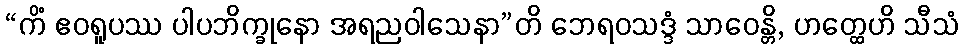
“ကိံ ဧဝရူပဿ ပါပဘိက္ခုနော အရညဝါသေနာ”တိ ဘေရဝသဒ္ဒံ သာဝေန္တိ, ဟတ္ထေဟိ သီသံ